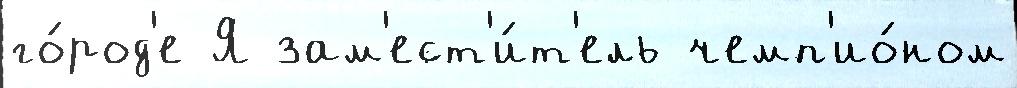
го́род'е Я зам'ест'и́т'ель чемп'ио́ном